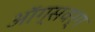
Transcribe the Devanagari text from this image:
ऑग्सवर्ग